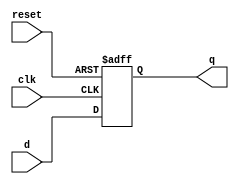
module d_flip_flop (
    input wire clk,
    input wire reset,
    input wire d,
    output reg q
);

always @(posedge clk or posedge reset)
begin
    if (reset)
        q <= 1'b0; // Specify the reset state here
    else
        q <= d;
end

endmodule